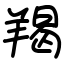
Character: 羯